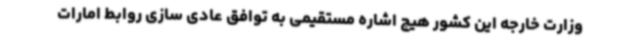
وزارت خارجه این کشور هیچ اشاره مستقیمی به توافق عادی سازی روابط امارات